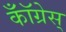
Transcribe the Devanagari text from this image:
कॉँँग्रेस्